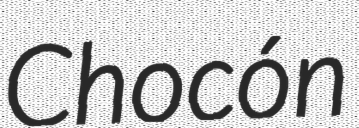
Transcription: Chocón